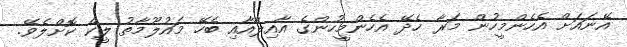
އޭނައަށް އެހެންމީހުން މަރާ ހެދޭ އެހެންމީހުންގެ އާއިލާއާއި ބެހޭ މައުލޫމާތު ލީކް ކޮށްލެވޭ.